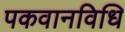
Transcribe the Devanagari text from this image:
पकवानविधि